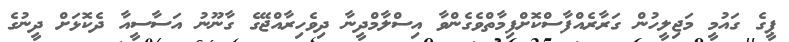
ޕީގެ ގައުމީ މަޖިލީހުން ގަރާރެއްފާސްކޮށްފިމާތްވެގެންވާ އިސްލާމްދީނާ ދިވެހިރާއްޖޭގެ ގާނޫނު އަސާސީއާ ދެކޮޅަށް ދީނުގެ